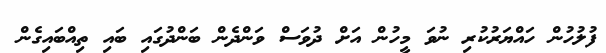
ފުލުހުން ހައްޔަރުކުރި ނުވަ މީހުން އަށް ދުވަސް ވަންދެން ބަންދުގައި ބައި ތިއްބައިގެން